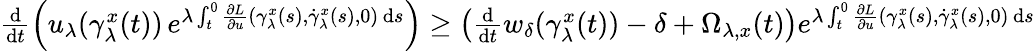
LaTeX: \begin{array}{r}{\frac{\mathrm{d}}{\mathrm{d}t}\left(u_{\lambda}(\gamma_{\lambda}^{x}(t))\, e^{\lambda\int_{t}^{0}\frac{\partial L}{\partial u}(\gamma_{\lambda}^{x}(s),\dot{\gamma}_{\lambda}^{x}(s),0)\, \mathrm{d}s}\right)\geq\left(\frac{\mathrm{d}}{\mathrm{d}t}w_{\delta}(\gamma_{\lambda}^{x}(t))-\delta+\Omega_{\lambda,x}(t)\right)e^{\lambda\int_{t}^{0}\frac{\partial L}{\partial u}(\gamma_{\lambda}^{x}(s),\dot{\gamma}_{\lambda}^{x}(s),0)\, \mathrm{d}s}}\end{array}